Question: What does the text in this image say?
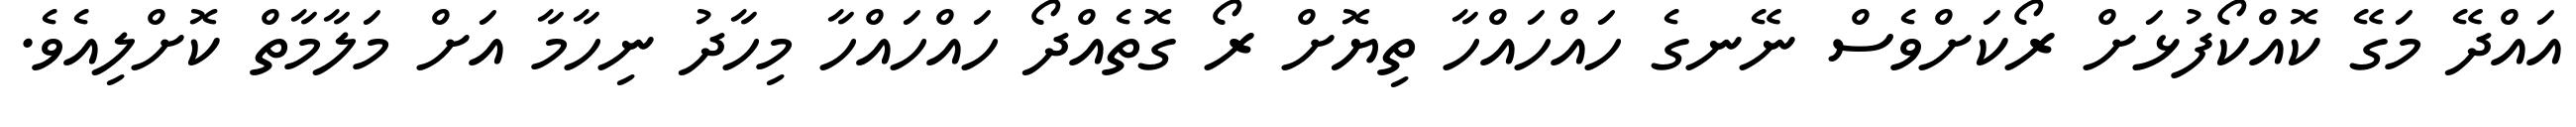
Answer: އައްދޭ މަގޭ ކޮއްކޯފުޅަށް ރޯކަށްވެސް ނޭނގެ ހައްހައްހާ ތިޔޮށް ރޯ ގޮތެއްދޯ ހައްހައްހާ މިހާދު ނިހާމާ އަށް މަލާމާތް ކޮށްލިއެވެ.